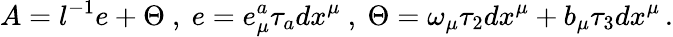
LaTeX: A=l^{-1}e+\Theta\ ,\ e=e_{\mu}^{a}\tau_{a}dx^{\mu}\ ,\ \Theta=\omega_{\mu}\tau_{2}dx^{\mu}+b_{\mu}\tau_{3}dx^{\mu}\, .